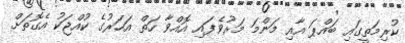
ކުރިމަތީގައި ބައްޕަ އާއި މަންމަ މަރުވެފައި އޮއްވާ ހަތް އަހަރުގެ ކުއްޖަކު އެގޮތަށް